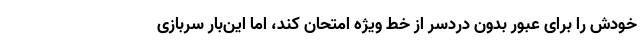
خودش را برای عبور بدون دردسر از خط ویژه امتحان کند، اما این‌بار سربازی